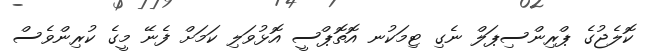
ކޮލެޖުގެ ޕްރިންސިޕަލް ނެގި ޓިމަކުނ އޮތޮޕްސީ އޮޅުވަލި ކަމަށް ފެނޭ މީގެ ކުރިންވެސް